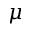
\boldsymbol \mu